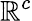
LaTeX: \mathbb{R}^{c}